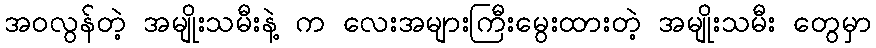
အဝလွန်တဲ့ အမျိုးသမီးနဲ့ က လေးအများကြီးမွေးထားတဲ့ အမျိုးသမီး တွေမှာ